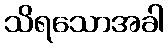
သိရသောအခါ